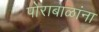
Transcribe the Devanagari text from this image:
पोराबाळांना